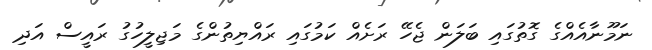
ނަމޫނާއެއްގެ ގޮތުގައި ބަލަން ޖެހޭ ރަށެއް ކަމުގައި ރައްޔިތުންގެ މަޖިލީހުގު ރައީސް އަދި